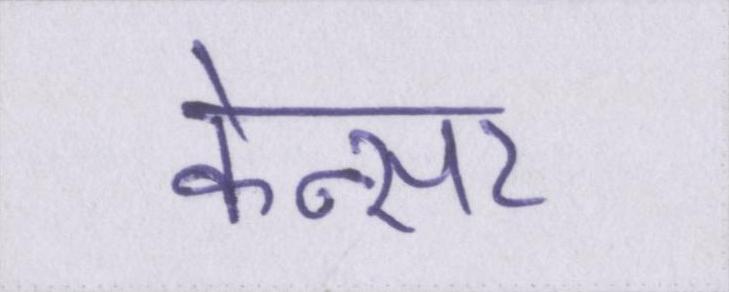
केन्सर